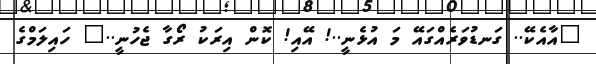
"އާއެކޭ.. ގަނޑުވަރެއްގައޭ މަ އުޅެނީ..! އޭއި! ކޮން އިރަކު ރޯގާ ޖެހުނީ.." ހައިލަމްގެ